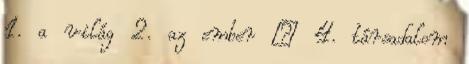
1. a világ 2. az ember – 4. társadalom